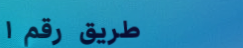
طريق رقم ١